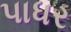
પાધર